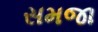
સમજા